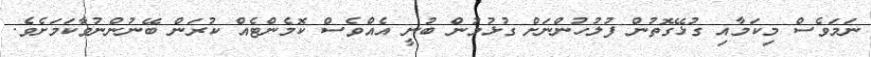
ނަމަވެސް މިކަމާއި ގުޅޭގޮތުން ފުލުހުންނަށް ގުޅުމުން ބުނީ އެއްވެސް ކޮމެންޓެއް ކުރަން ބޭނުންނުވާކަމަށެވެ.